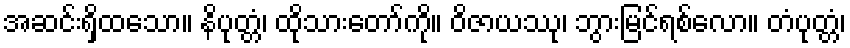
အဆင်းရှိထသော။ နိပုတ္တံ၊ ထိုသားတော်ကို။ ဝိဇာယဿု၊ ဘွားမြင်ရစ်လော။ တံပုတ္တံ၊